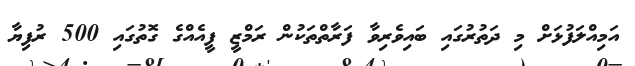
އަމިއްލަފުޅަށް މި ދަތުރުގައި ބައިވެރިވާ ފަރާތްތަކުން ރަމްޒީ ފީއެއްގެ ގޮތުގައި 500 ރުފިޔާ